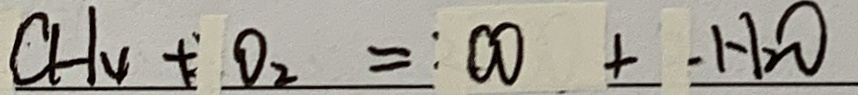
C H _ { 4 } + O _ { 2 } = C O + H _ { 2 } O